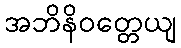
အဘိနိဝတ္တေယျ